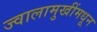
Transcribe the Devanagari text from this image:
ज्वालामुखींमधून